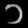
Digit: ၁